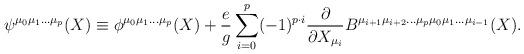
LaTeX: \begin{align*}\psi^{\mu_{0}\mu_{1}\ldots\mu_{p}}(X)\equiv\phi^{\mu_{0}\mu_{1}\ldots\mu_{p}}(X)+\frac{e}{g}\sum_{i=0}^{p}(-1)^{p\cdot i}\frac{\partial}{\partial X_{\mu_{i}}}B^{\mu_{i+1}\mu_{i+2}\ldots\mu_{p}\mu_{0}\mu_{1}\ldots\mu_{i-1}}(X). \end{align*}